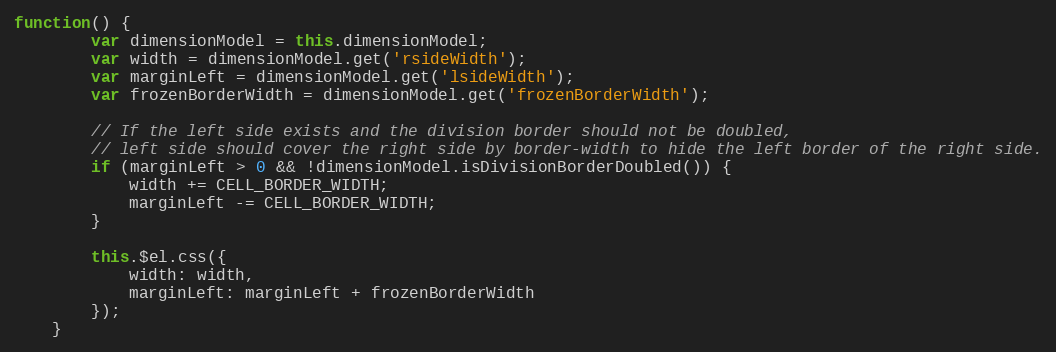
Language: JavaScript
function() {
        var dimensionModel = this.dimensionModel;
        var width = dimensionModel.get('rsideWidth');
        var marginLeft = dimensionModel.get('lsideWidth');
        var frozenBorderWidth = dimensionModel.get('frozenBorderWidth');

        // If the left side exists and the division border should not be doubled,
        // left side should cover the right side by border-width to hide the left border of the right side.
        if (marginLeft > 0 && !dimensionModel.isDivisionBorderDoubled()) {
            width += CELL_BORDER_WIDTH;
            marginLeft -= CELL_BORDER_WIDTH;
        }

        this.$el.css({
            width: width,
            marginLeft: marginLeft + frozenBorderWidth
        });
    }